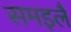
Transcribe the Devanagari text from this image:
समइलै